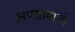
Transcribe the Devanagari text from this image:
अपसामान्ये